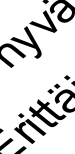
ri v